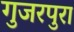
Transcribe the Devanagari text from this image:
गुजरपुरा